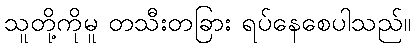
သူတို့ကိုမူ တသီးတခြား ရပ်နေစေပါသည်။